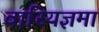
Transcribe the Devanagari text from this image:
वारियज्ञमां